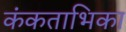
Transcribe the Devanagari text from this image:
कंकताभिका